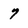
Character: 7